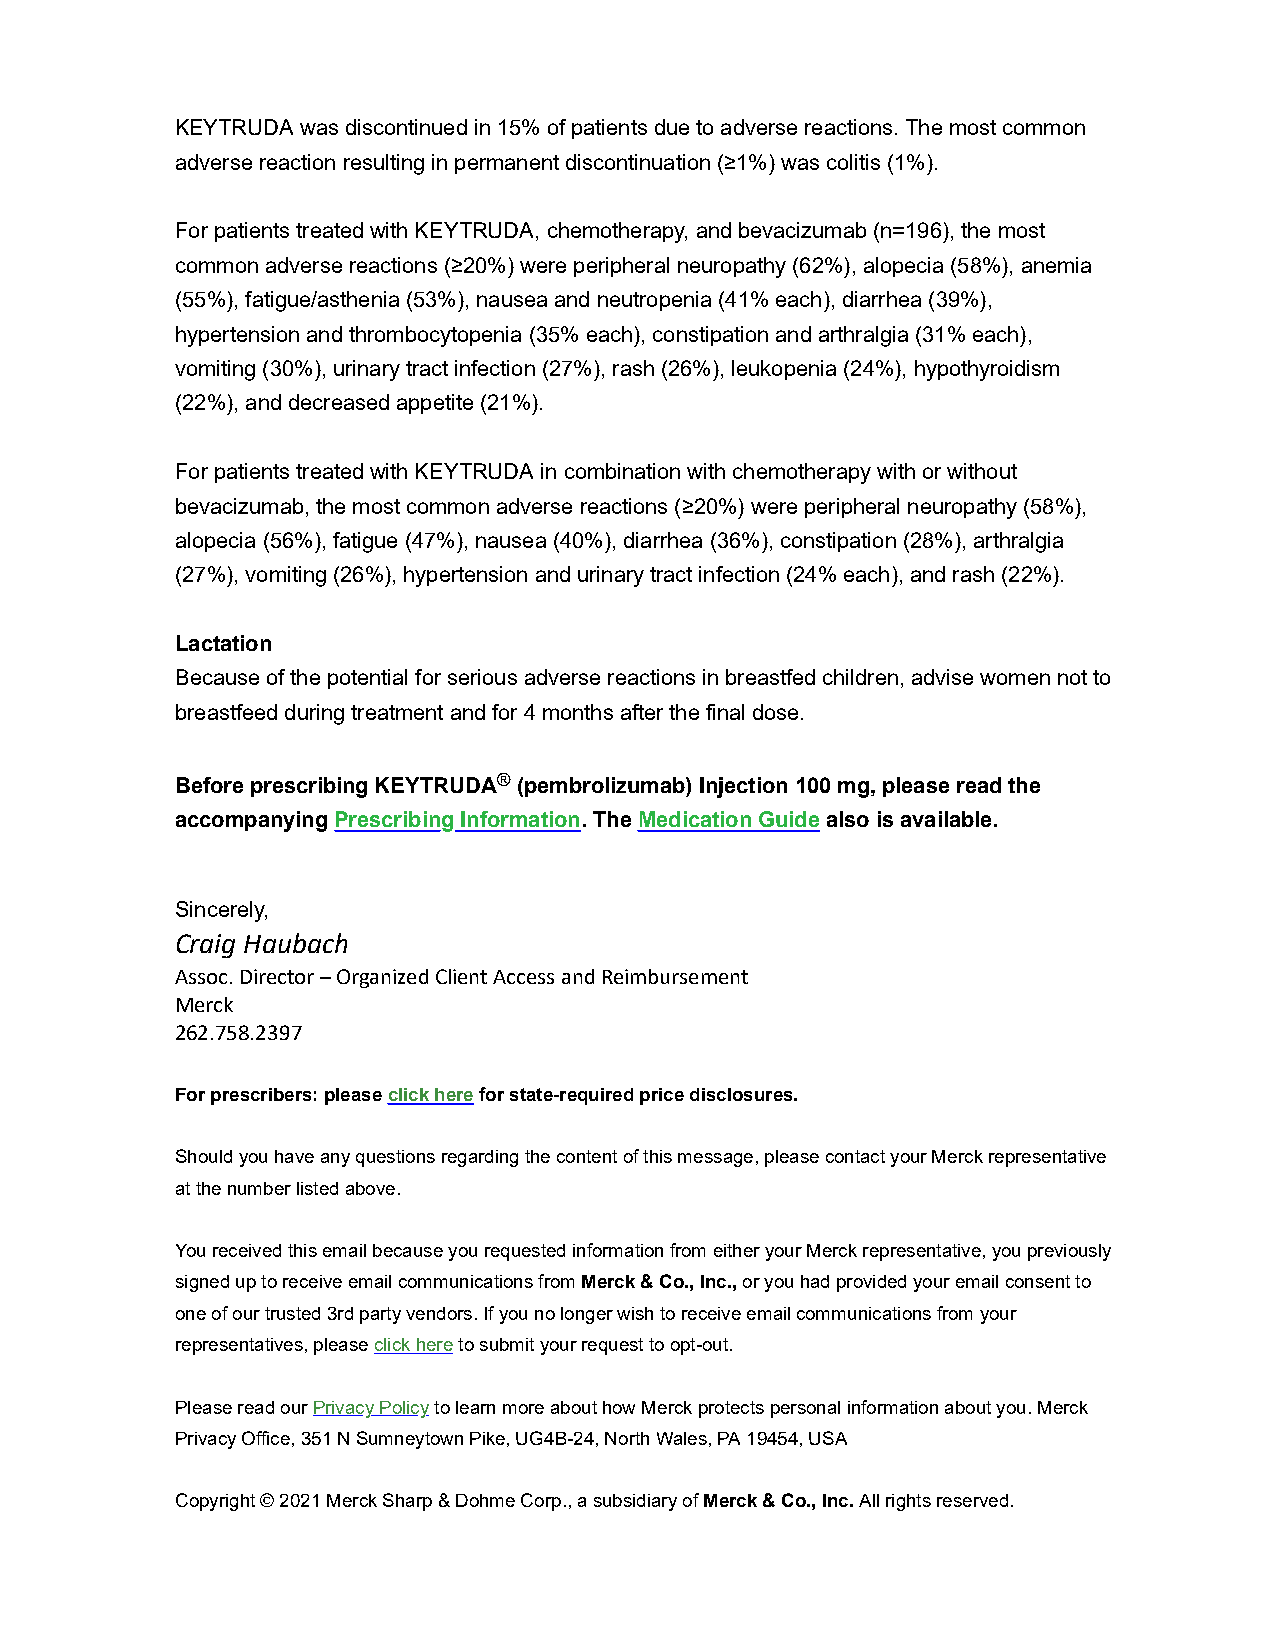
KEYTRUDA was discontinued in 15% of patients due to adverse reactions. The most common
 adverse reaction resulting in permanent discontinuation (≥1%) was colitis (1%).
 For patients treated with KEYTRUDA, chemotherapy, and bevacizumab (n=196), the most
 common adverse reactions (≥20%) were peripheral neuropathy (62%), alopecia (58%), anemia
 (55%), fatigue/asthenia (53%), nausea and neutropenia (41% each), diarrhea (39%),
 hypertension and thrombocytopenia (35% each), constipation and arthralgia (31% each),
 vomiting (30%), urinary tract infection (27%), rash (26%), leukopenia (24%), hypothyroidism
 (22%), and decreased appetite (21%).
 For patients treated with KEYTRUDA in combination with chemotherapy with or without
 bevacizumab, the most common adverse reactions (≥20%) were peripheral neuropathy (58%),
 alopecia (56%), fatigue (47%), nausea (40%), diarrhea (36%), constipation (28%), arthralgia
 (27%), vomiting (26%), hypertension and urinary tract infection (24% each), and rash (22%).
 Lactation
 Because of the potential for serious adverse reactions in breastfed children, advise women not to
 breastfeed during treatment and for 4 months after the final dose.
 Before prescribing KEYTRUDA® (pembrolizumab) Injection 100 mg, please read the
 accompanying Prescribing Information. The Medication Guide also is available.
 Sincerely,
 Craig Haubach
 Assoc. Director – Organized Client Access and Reimbursement
 Merck
 262.758.2397
 For prescribers: please click here for state-required price disclosures.
 Should you have any questions regarding the content of this message, please contact your Merck representative
 at the number listed above.
 You received this email because you requested information from either your Merck representative, you previously
 signed up to receive email communications from Merck & Co., Inc., or you had provided your email consent to
 one of our trusted 3rd party vendors. If you no longer wish to receive email communications from your
 representatives, please click here to submit your request to opt-out.
 Please read our Privacy Policy to learn more about how Merck protects personal information about you. Merck
 Privacy Office, 351 N Sumneytown Pike, UG4B-24, North Wales, PA 19454, USA
 Copyright © 2021 Merck Sharp & Dohme Corp., a subsidiary of Merck & Co., Inc. All rights reserved.